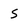
Character: 5